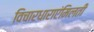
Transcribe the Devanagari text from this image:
विचारधाराएंमिलती